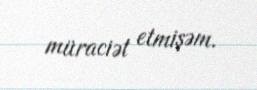
müraciət etmişəm.